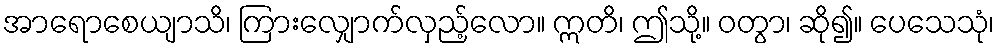
အာရောစေယျာသိ၊ ကြားလျှောက်လှည့်လော။ ဣတိ၊ ဤသို့။ ဝတွာ၊ ဆို၍။ ပေသေသုံ၊